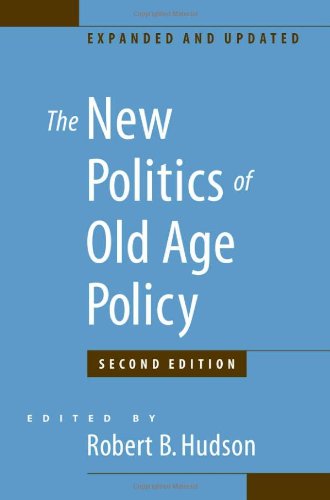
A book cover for The New Politics of Old Age Policy; Medical Books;